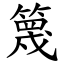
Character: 篾